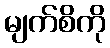
မျက်စိကို